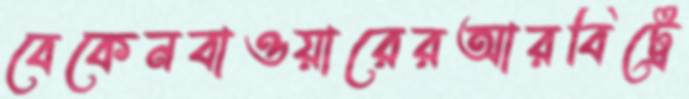
বেকেনবাওয়ারেরআরবিট্রে